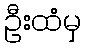
ဦးထံမှ